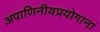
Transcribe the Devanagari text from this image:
अपाणिनीयप्रयोगानां